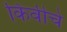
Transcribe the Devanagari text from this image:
किवीचे